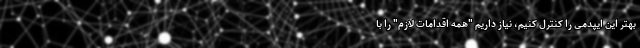
بهتر این ایپدمی را کنترل کنیم، نیاز داریم "همه اقدامات لازم" را با